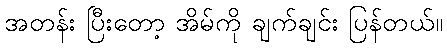
အတန်း ပြီးတော့ အိမ်ကို ချက်ချင်း ပြန်တယ်။